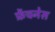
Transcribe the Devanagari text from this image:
फ्रेंचनेस